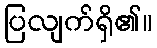
ပြလျက်ရှိ၏။